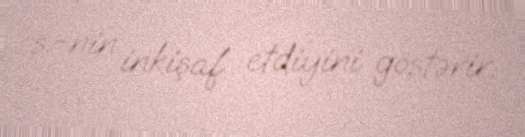
s.-nin inkişaf etdiyini göstərir.